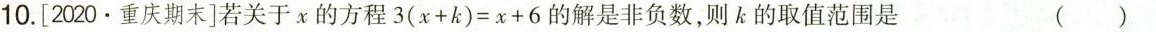
10.[2020·重庆期末]若关于x的方程$$3 ( x + y ) = x + 6$$ 的解是非负数，则k的取值范围是( )